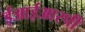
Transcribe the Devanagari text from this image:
ईआईआरपी